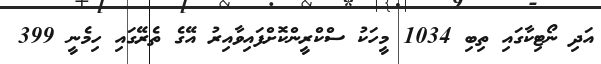
އަދި ނޯޓިކާގައި ތިބި 1034 މީހަކު ސްކްރީންކޮށްފައިވާއިރު އޭގެ ތެރޭގައި ހިމެނީ 399